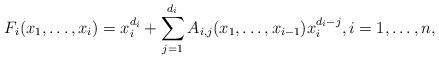
LaTeX: \begin{align*}F_{i} (x_1, \ldots, x_i )= x_i^{d_i}+ \sum_{j=1}^{d_i} A_{i,j} (x_1, \ldots, x_{i-1}) x_i^{d_i-j}, i=1, \ldots,n, \end{align*}